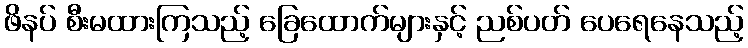
ဖိနပ် စီးမထားကြသည့် ခြေထောက်များနှင့် ညစ်ပတ် ပေရေနေသည့်